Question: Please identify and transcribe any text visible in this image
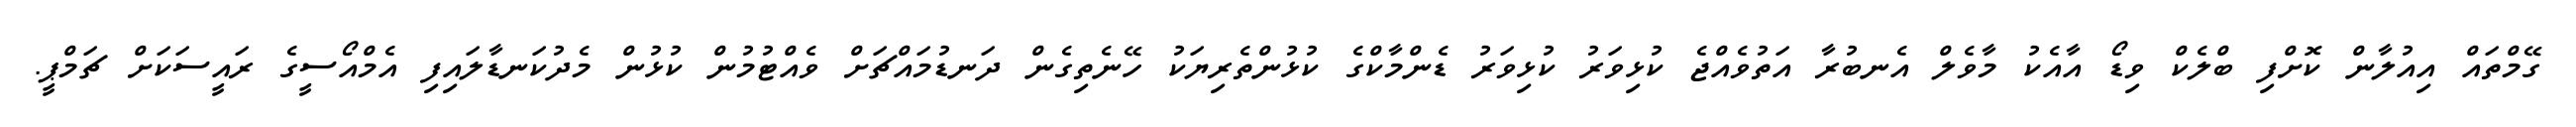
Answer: ގޭމްތައް އިއުލާން ކޮށްފި ބްލެކް ވިޑޯ އާއެކު މާވެލް އެނބުރާ އަތުވެއްޖެ ކުޅިވަރު ކުޅިވަރު ޑެންމާކްގެ ކުޅުންތެރިޔަކު ހޭނެތިގެން ދަނޑުމައްޗަށް ވެއްޓުމުން ކުޅުން މެދުކަނޑާލައިފި އެމްއޯސީގެ ރައީސަކަށް ޗަމްޕީ.